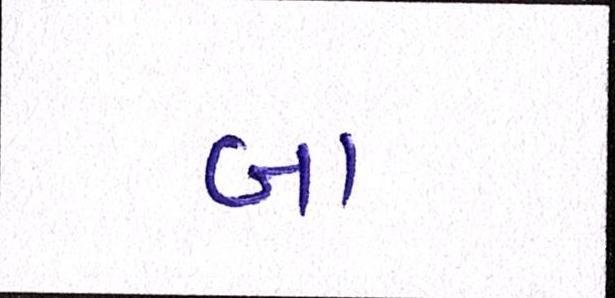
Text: બા